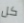
كل